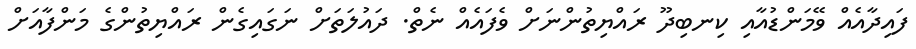
ފައިދާއެއް ވޭމަންޑުއާއި ކިނބިދޫ ރައްޔިތުންނަށް ވެފައެއް ނެތް. ދައުލަތަށް ނަގައިގެން ރައްޔިތުންގެ މަންފާއަށް